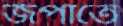
জপাতে